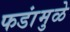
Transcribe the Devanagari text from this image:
फडांमुळे